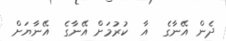
ދެން އޭނާގެ  އާ  ކުރުމަށް އޭނާގެ  އޭނާޔަށް